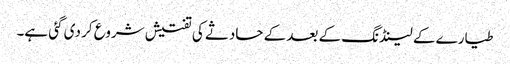
طیارے کے لینڈنگ کے بعد کے حادثے کی تفتیش شروع کر دی گئی ہے۔